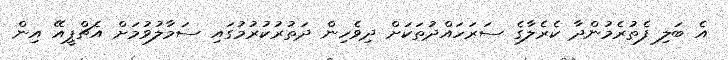
އެ ބަލި ފެތުރެމުންދާ ކެރެލާގެ ސަރަހައްދުތަކަށް ދިވެހިން ދަތުރުކުރުމުގައި ސަމާލުވުމަށް އެޗްޕީއޭ އިން